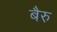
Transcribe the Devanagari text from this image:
बैरु